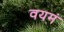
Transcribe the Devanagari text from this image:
वयमं